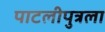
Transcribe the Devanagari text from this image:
पाटलीपुत्रला